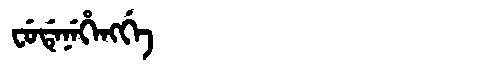
Manchu: ᠸᡠᡩᡝᠨᡝᡥᡝᠩᡤᡝ
Romanization: FUDENEHENGGE